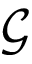
\mathcal { G }